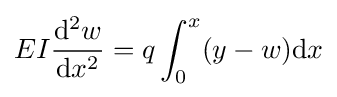
EI{\mathrm {d} ^{2}w \over \mathrm {d} x^{2}}=q\int _{0}^{x}(y-w)\mathrm {d} x